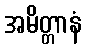
အမိတ္တာနံ